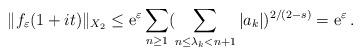
LaTeX: \begin{gather*}\|f_\varepsilon(1+it)\|_{X_2}\le {\rm e}^\varepsilon \sum_{n\ge 1} (\sum_{n\le \lambda_k<n+1} |a_k|)^{2/(2-s)}={\rm e}^\varepsilon\, .\end{gather*}